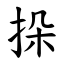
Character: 挆